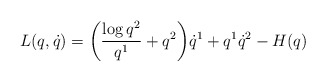
\begin{align*}L(q,\dot q) = \bigg(\frac{\log q^2}{q^1} + q^2 \bigg) \dot q^1 + q^1 \dot q^2 - H(q)\end{align*}